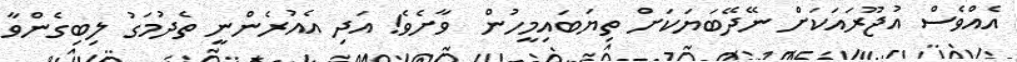
އެއްވެސް އުޖޫރައަކަށް ނޭދޭބަޔަކަށް ތިޔަބައިމީހުން  ވާށެވެ! އަދި އެއުރެންނީ ތެދުމަގު ލިބިގެންވާ